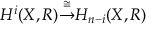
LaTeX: H ^ { i } ( X , R ) { \stackrel { \cong } { \to } } H _ { n - i } ( X , R )